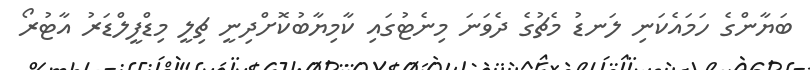
ބަޔާންގެ ހަމައެކަނި ލަނޑު މެޗުގެ ދެވަނަ މިނެޓުގައި ކާމިޔާބުކޮށްދިނީ ޗިލީ މިޑްފީލްޑަރު އާޓުރޯ